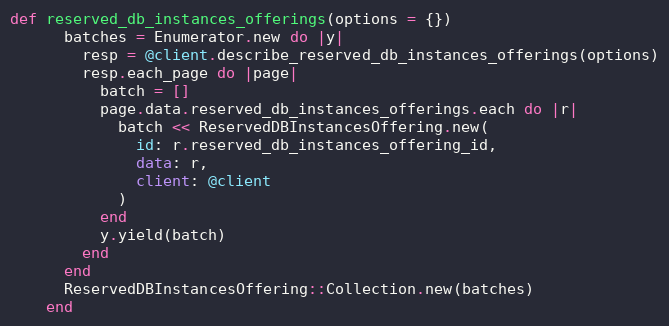
Language: Ruby
def reserved_db_instances_offerings(options = {})
      batches = Enumerator.new do |y|
        resp = @client.describe_reserved_db_instances_offerings(options)
        resp.each_page do |page|
          batch = []
          page.data.reserved_db_instances_offerings.each do |r|
            batch << ReservedDBInstancesOffering.new(
              id: r.reserved_db_instances_offering_id,
              data: r,
              client: @client
            )
          end
          y.yield(batch)
        end
      end
      ReservedDBInstancesOffering::Collection.new(batches)
    end